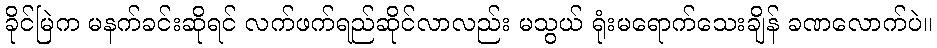
ခိုင်မြဲက မနက်ခင်းဆိုရင် လက်ဖက်ရည်ဆိုင်လာလည်း မသွယ် ရုံးမရောက်သေးချိန် ခဏလောက်ပဲ။